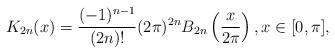
LaTeX: \begin{align*}K_{2n}(x)=\frac{(-1)^{n-1}}{(2n)!}(2\pi)^{2n}B_{2n}\left(\frac{x}{2\pi}\right),x\in [0,\pi],\end{align*}